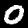
Label: 0